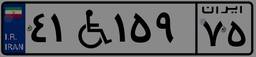
۸۳W۱۸۰۳۴